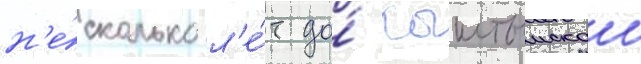
н'е́сколько л'е́т до́ кыштымскои